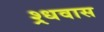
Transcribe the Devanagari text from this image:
श्र्धवास